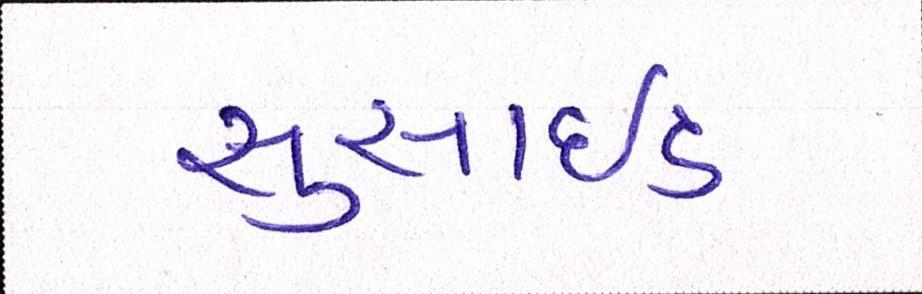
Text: સુસાઈડ